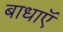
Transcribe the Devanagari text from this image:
बाधाऍ